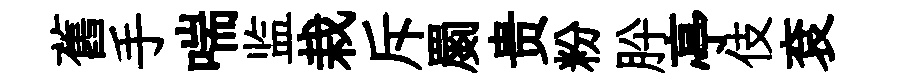
舊手喘监栽斥罽贵粉肸亭伎袞